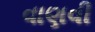
વાણવી